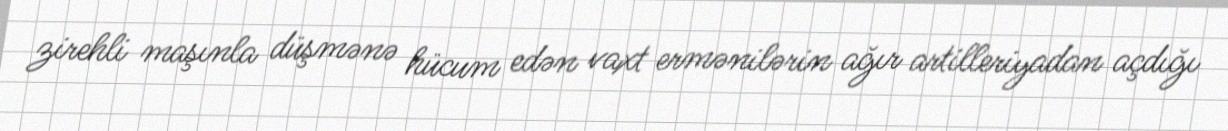
zirehli maşınla düşmənə hücum edən vaxt ermənilərin ağır artilleriyadan açdığı